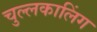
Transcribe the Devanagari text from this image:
चुल्लकालिंग